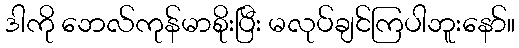
ဒါကို ဘေလ်ကုန်မာစိုးပြီး မလုပ်ချင်ကြပါဘူးနော်။